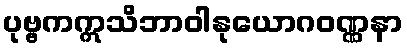
ပုဗ္ဗကဣသိဘာဝါနုယောဂဝဏ္ဏနာ